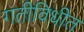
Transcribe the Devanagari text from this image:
गतीविधीत